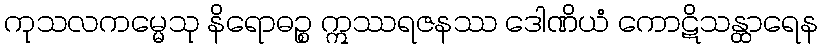
ကုသလကမ္မေသု နိရောဓဉ္စ ဣဿရဇနဿ ဒေါဏိယံ ကောဋိသန္ထာရေန